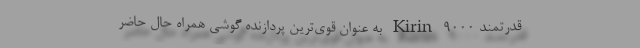
قدرتمند Kirin 9000 به عنوان قوی‌ترین پردازنده گوشی همراه حال حاضر